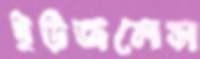
ইউজলেস